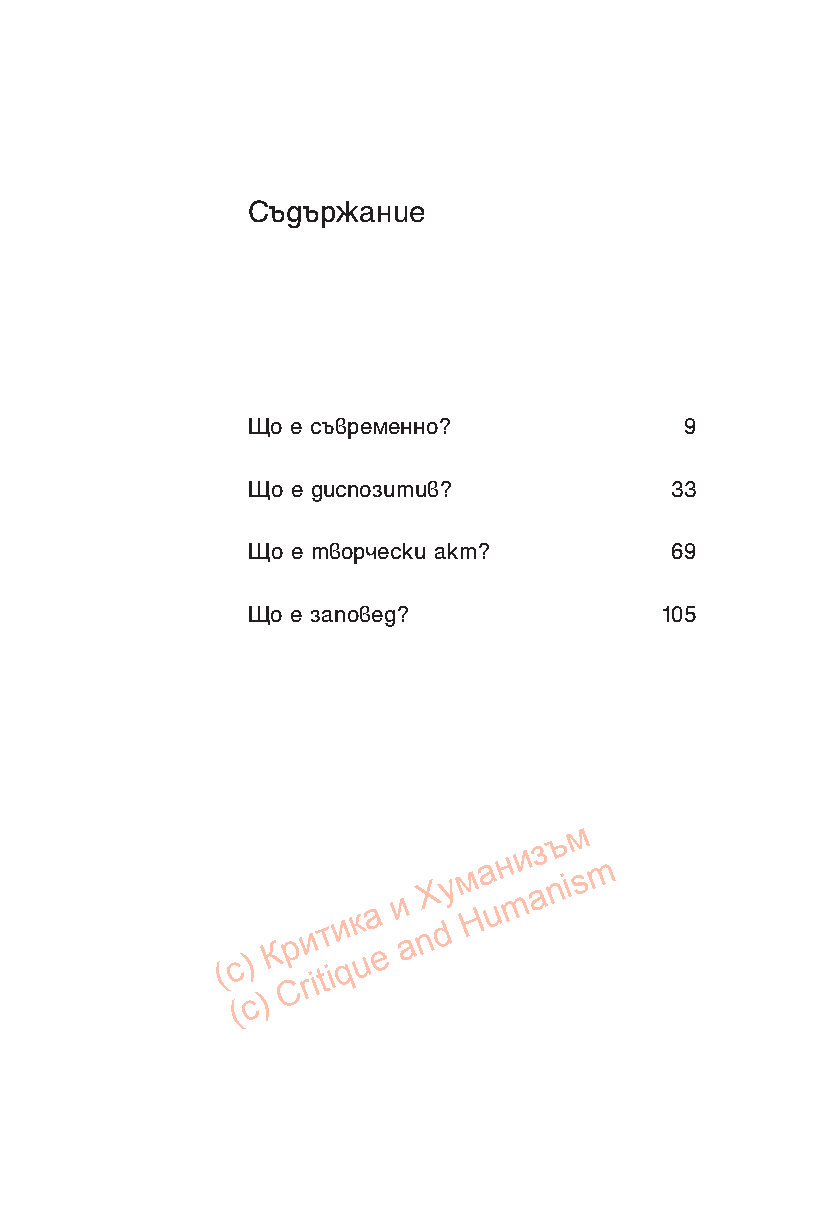
Съдържание
 Що е съвременно?             9
 Що е диспозитив?            33
 Що е творчески акт?         69
 Що е заповед?               105
 м
 ъ
 и з
 ( c )
 К
 Cр rи itт
 iи
 q
 к
 u
 а
 e
 и
 a
 nХ dу м
 H
 а
 u
 н
 m
 a n i s m 5
 ( c )